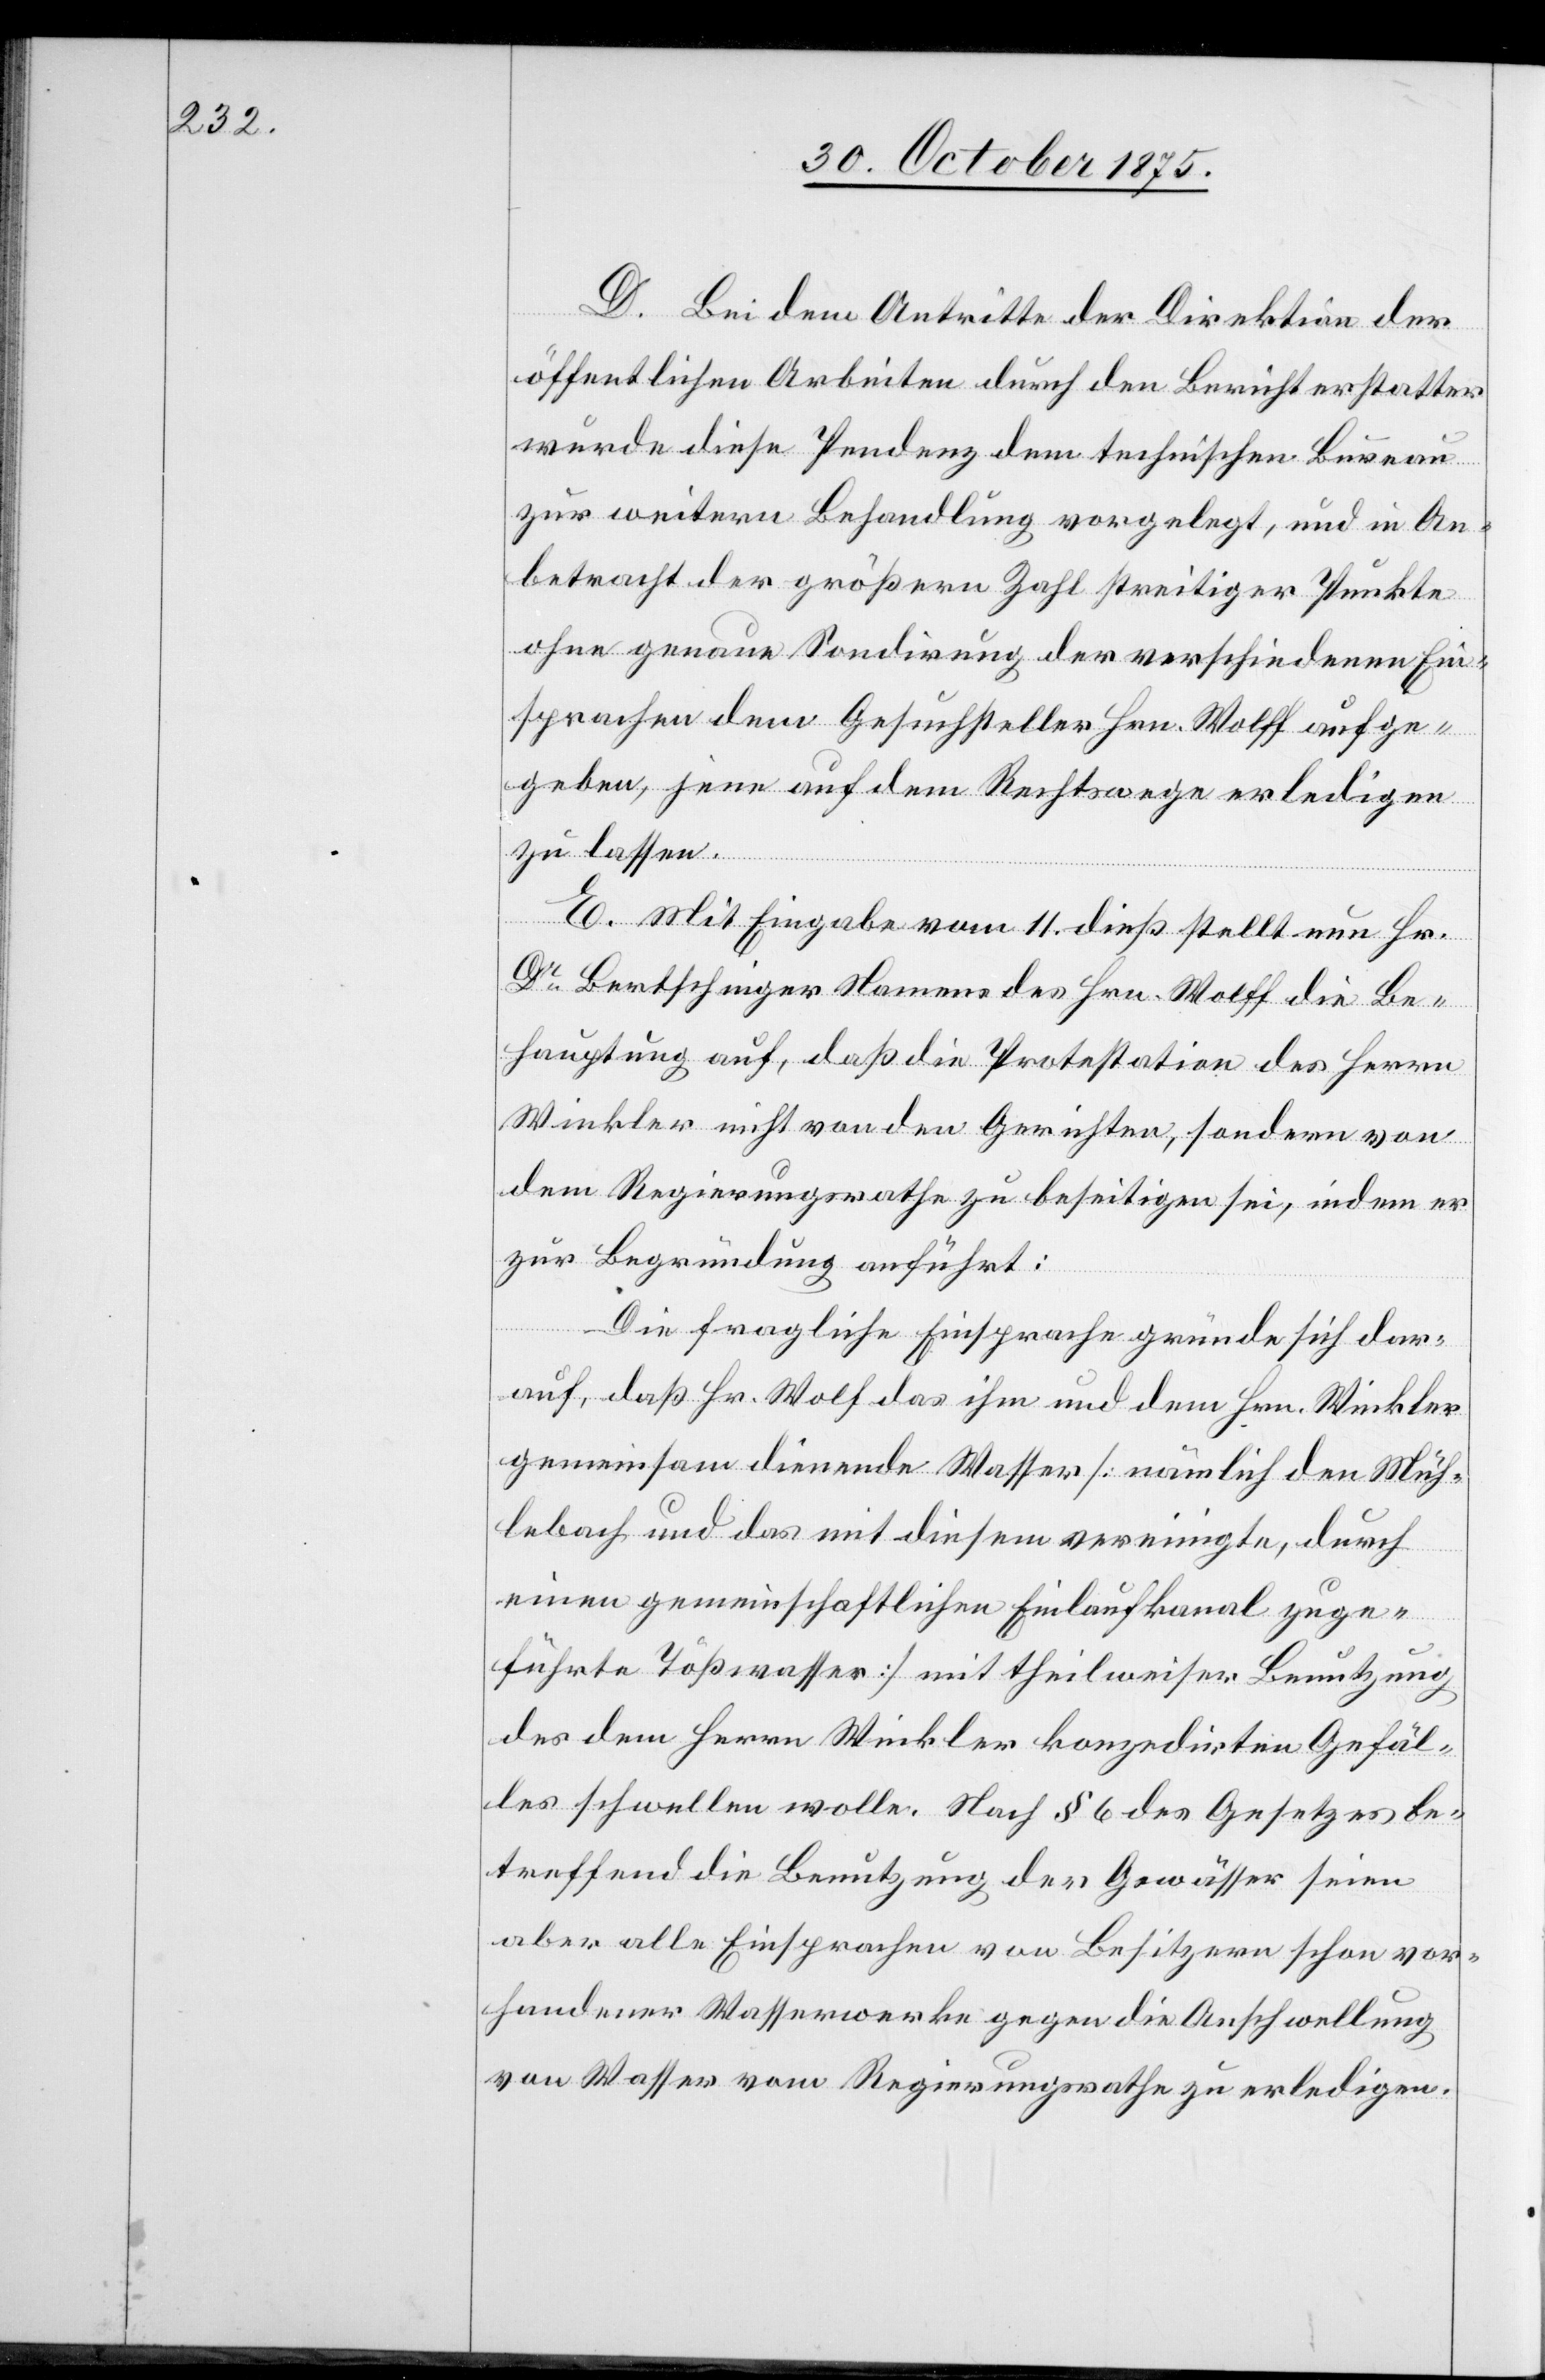
D. Bei dem Antritte der Direktion der
öffentlichen Arbeiten durch den Berichterstatter
wurde diese Pendenz dem technischen Bureau
zur weitern Behandlung vorgelegt, und in An¬
betracht der größern Zahl streitiger Punkte
ohne genaue Sondirung der verschiedenen Ein¬
sprachen dem Gesuchsteller Hrn. Wolff aufge¬
geben, jene auf dem Rechtswege erledigen
zu lassen.
E. Mit Eingabe vom 11. dieß stellt nun Hr.
Dr Bertschinger Namens des Hrn. Wolff die Be¬
hauptung auf, daß die Protestation des Herrn
Winkler nicht von den Gerichten, sondern von
dem Regierungsrathe zu beseitigen sei, indem er
zur Begründung anführt:
Die fragliche Einsprache gründe sich dar¬
auf, daß Hr. Wolf [sic!] das ihm und dem Hrn. Winkler
gemeinsam dienende Wasser [nämlich den Müh¬
lebach und das mit diesem vereinigte, durch
einen gemeinschaftlichen Einlaufkanal zuge¬
führte Tößwasser] mit theilweiser Benutzung
des dem Herrn Winkler konzedirten Gefäl¬
les schwellen wolle. Nach § 6 des Gesetzes be¬
treffend die Benutzung der Gewässer seien
aber alle Einsprachen von Besitzern schon vor¬
handener Wasserwerke gegen die Anschwellung
von Wasser vom Regierungsrathe zu erledigen.